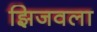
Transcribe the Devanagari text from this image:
झिजवला